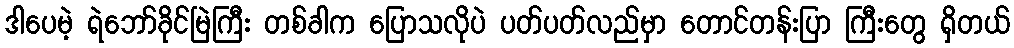
ဒါပေမဲ့ ရဲဘော်ခိုင်မြဲကြီး တစ်ခါက ပြောသလိုပဲ ပတ်ပတ်လည်မှာ တောင်တန်းပြာ ကြီးတွေ ရှိတယ်